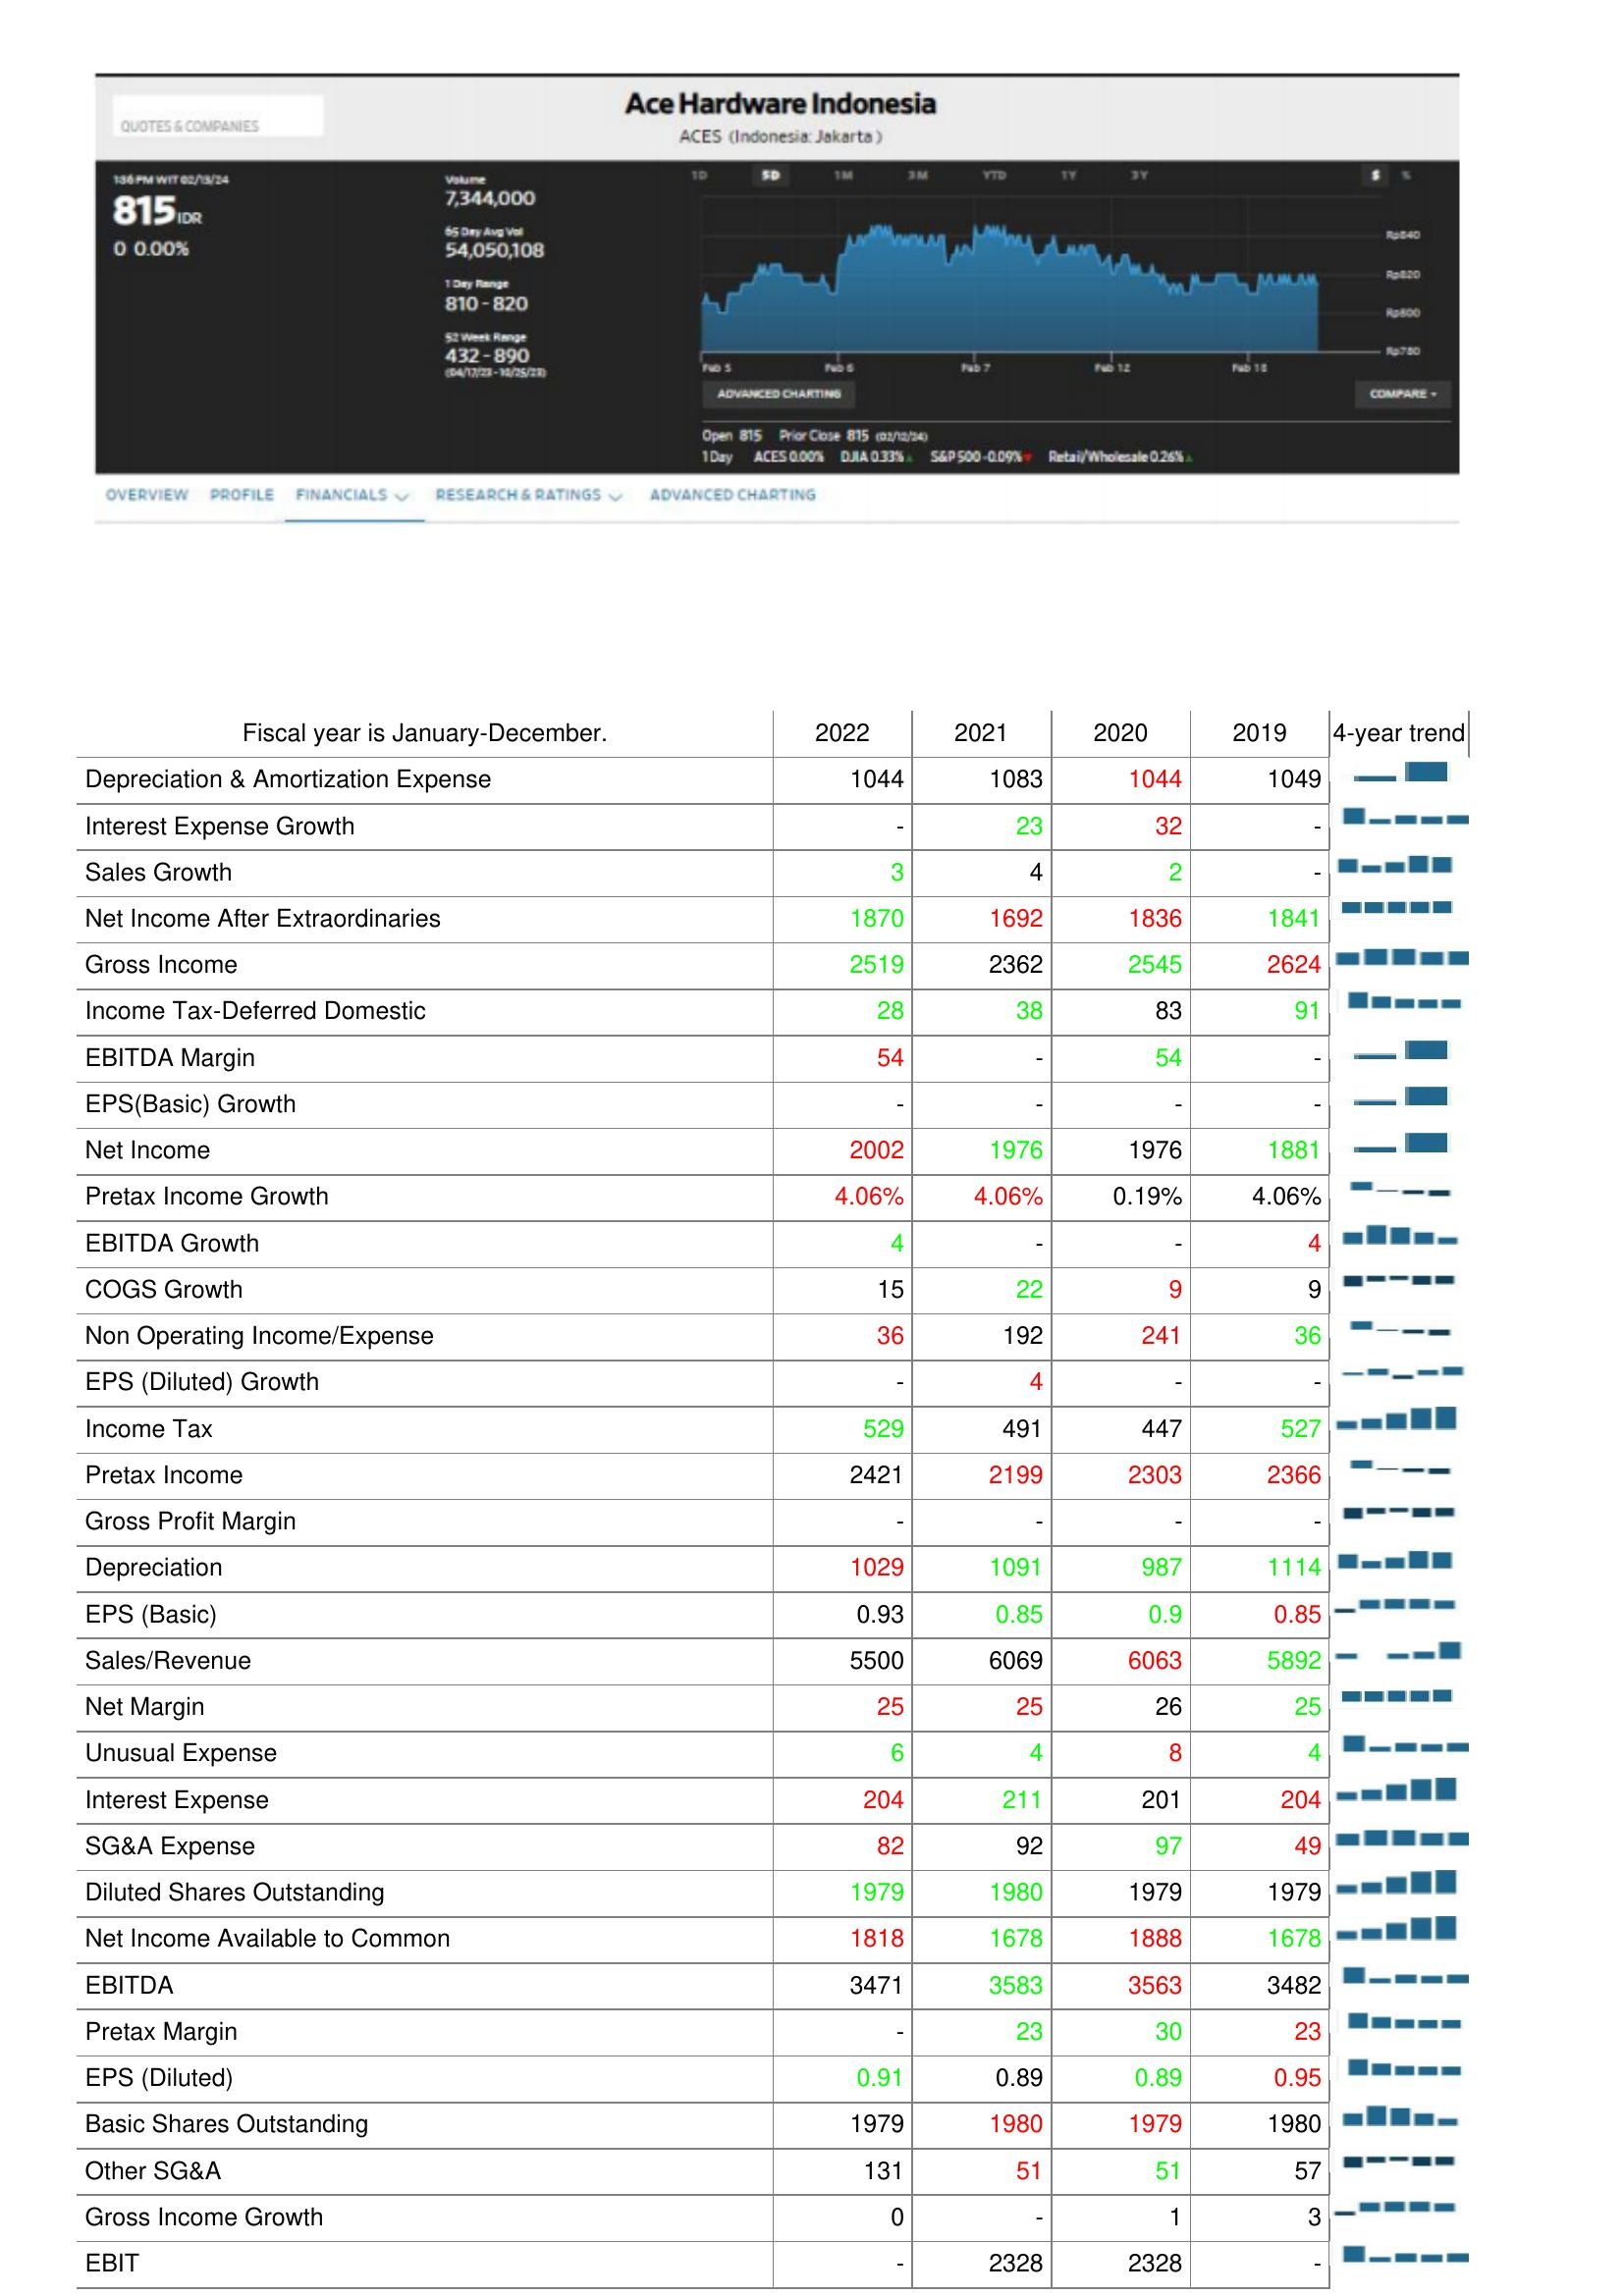
2022: : Depreciation & Amortization Expense: 1044
Interest Expense Growth: -
Sales Growth: 3
Net Income After Extraordinaries: 1870
Gross Income: 2519
Income Tax-Deferred Domestic: 28
EBITDA Margin: 54
EPS(Basic) Growth: -
Net Income: 2002
Pretax Income Growth: 4.06%
EBITDA Growth: 4
COGS Growth: 15
Non Operating Income/Expense: 36
EPS (Diluted) Growth: -
Income Tax: 529
Pretax Income: 2421
Gross Profit Margin: -
Depreciation: 1029
EPS (Basic): 0.93
Sales/Revenue: 5500
Net Margin: 25
Unusual Expense: 6
Interest Expense: 204
SG&A Expense: 82
Diluted Shares Outstanding: 1979
Net Income Available to Common: 1818
EBITDA: 3471
Pretax Margin: -
EPS (Diluted): 0.91
Basic Shares Outstanding: 1979
Other SG&A: 131
Gross Income Growth: 0
EBIT: -
2021: : Depreciation & Amortization Expense: 1083
Interest Expense Growth: 23
Sales Growth: 4
Net Income After Extraordinaries: 1692
Gross Income: 2362
Income Tax-Deferred Domestic: 38
EBITDA Margin: -
EPS(Basic) Growth: -
Net Income: 1976
Pretax Income Growth: 4.06%
EBITDA Growth: -
COGS Growth: 22
Non Operating Income/Expense: 192
EPS (Diluted) Growth: 4
Income Tax: 491
Pretax Income: 2199
Gross Profit Margin: -
Depreciation: 1091
EPS (Basic): 0.85
Sales/Revenue: 6069
Net Margin: 25
Unusual Expense: 4
Interest Expense: 211
SG&A Expense: 92
Diluted Shares Outstanding: 1980
Net Income Available to Common: 1678
EBITDA: 3583
Pretax Margin: 23
EPS (Diluted): 0.89
Basic Shares Outstanding: 1980
Other SG&A: 51
Gross Income Growth: -
EBIT: 2328
2020: : Depreciation & Amortization Expense: 1044
Interest Expense Growth: 32
Sales Growth: 2
Net Income After Extraordinaries: 1836
Gross Income: 2545
Income Tax-Deferred Domestic: 83
EBITDA Margin: 54
EPS(Basic) Growth: -
Net Income: 1976
Pretax Income Growth: 0.19%
EBITDA Growth: -
COGS Growth: 9
Non Operating Income/Expense: 241
EPS (Diluted) Growth: -
Income Tax: 447
Pretax Income: 2303
Gross Profit Margin: -
Depreciation: 987
EPS (Basic): 0.9
Sales/Revenue: 6063
Net Margin: 26
Unusual Expense: 8
Interest Expense: 201
SG&A Expense: 97
Diluted Shares Outstanding: 1979
Net Income Available to Common: 1888
EBITDA: 3563
Pretax Margin: 30
EPS (Diluted): 0.89
Basic Shares Outstanding: 1979
Other SG&A: 51
Gross Income Growth: 1
EBIT: 2328
2019: : Depreciation & Amortization Expense: 1049
Interest Expense Growth: -
Sales Growth: -
Net Income After Extraordinaries: 1841
Gross Income: 2624
Income Tax-Deferred Domestic: 91
EBITDA Margin: -
EPS(Basic) Growth: -
Net Income: 1881
Pretax Income Growth: 4.06%
EBITDA Growth: 4
COGS Growth: 9
Non Operating Income/Expense: 36
EPS (Diluted) Growth: -
Income Tax: 527
Pretax Income: 2366
Gross Profit Margin: -
Depreciation: 1114
EPS (Basic): 0.85
Sales/Revenue: 5892
Net Margin: 25
Unusual Expense: 4
Interest Expense: 204
SG&A Expense: 49
Diluted Shares Outstanding: 1979
Net Income Available to Common: 1678
EBITDA: 3482
Pretax Margin: 23
EPS (Diluted): 0.95
Basic Shares Outstanding: 1980
Other SG&A: 57
Gross Income Growth: 3
EBIT: -